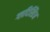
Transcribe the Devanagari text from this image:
ग्लदिस्तिअ